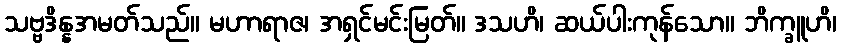
သဗ္ဗဒိန္နအမတ်သည်။ မဟာရာဇ၊ အရှင်မင်းမြတ်။ ဒသဟိ၊ ဆယ်ပါးကုန်သော။ ဘိက္ခူဟိ၊